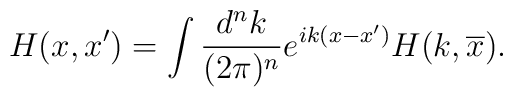
H(x,x') = \int \frac{d^nk}{(2\pi)^n} e^{ik(x-x')}H(k,\overline x).